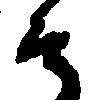
候